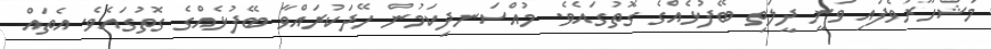
މަޝްހޫރުވެފައި ވަނީ ދީލަތި ބޭފުޅެއްގެ ގޮތުގައެވެ. މުއްސަނދިކަމުން ހޭދަކުރައްވާ ބޭފުޅެއްގެ ގޮތުގައެވެ. އެތައް